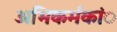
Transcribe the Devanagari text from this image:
अभिकर्मकांे